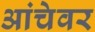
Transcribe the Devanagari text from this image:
आंचेवर